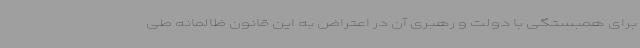
برای همبستگی با دولت و رهبری آن در اعتراض به این قانون ظالمانه طی